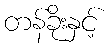
တန်ခိုးနှင့်